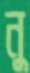
নু